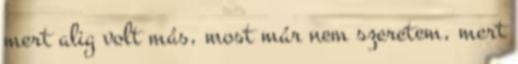
mert alig volt más, most már nem szeretem, mert